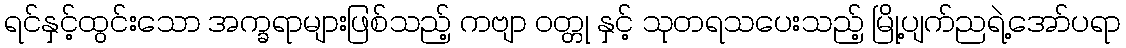
ရင်နှင့်ထွင်းသော အက္ခရာများဖြစ်သည့် ကဗျာ ဝတ္တု နှင့် သုတရသပေးသည့် မြို့ပျက်ညရဲ့အော်ပရာ